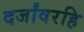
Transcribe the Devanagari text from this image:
दर्जांवरहि